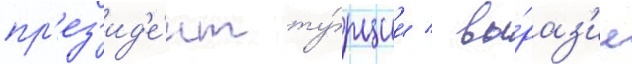
пр'ез'ид'е́нт ту́рции / вы́раз'ил